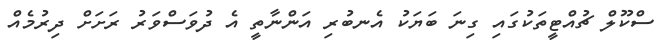
ސްކޫލް ޗުއްޓީތަކުގައި ގިނަ ބަޔަކު އެނބުރި އަންނާތީ އެ ދުވަސްވަރު ރަށަށް ދިރުމެއް